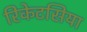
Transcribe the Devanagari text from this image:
रिकेटसिया